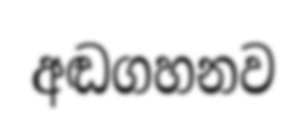
අඬගහනව